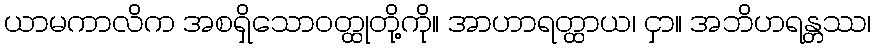
ယာမကာလိက အစရှိသောဝတ္ထုတို့ကို။ အာဟာရတ္ထာယ၊ ငှာ။ အဘိဟရန္တဿ၊